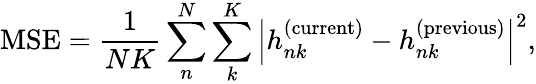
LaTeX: \textnormal{MSE}=\frac{1}{NK}\sum_{n}^{N}\sum_{k}^{K}{\left|h_{nk}^{\textnormal{(current)}}-h_{nk}^{\textnormal{(previous)}}\right|}^{2},